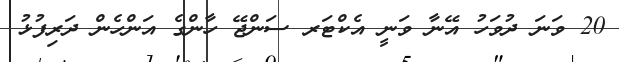
20 ވަނަ ދުވަހު އޭނާ ވަނީ އެކްޓަރ ސަންޖޭ ހާންގެ އަންހެން ދަރިފުޅު